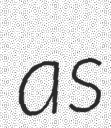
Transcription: as